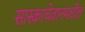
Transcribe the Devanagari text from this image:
सास्काचेवानमधील